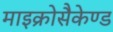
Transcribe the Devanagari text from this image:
माइक्रोसैकेण्ड